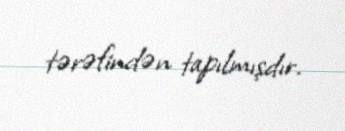
tərəfindən tapılmışdır.